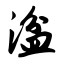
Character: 湓